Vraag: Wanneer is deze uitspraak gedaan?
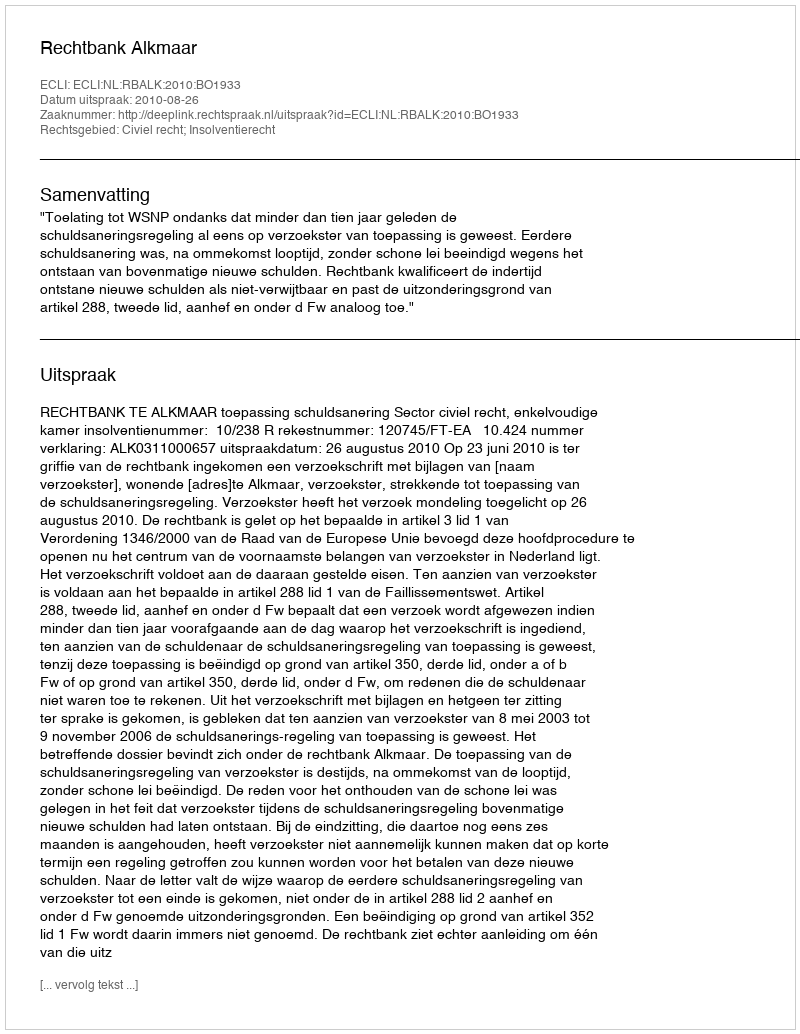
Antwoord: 2010-08-26